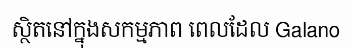
ស្ថិតនៅក្នុងសកម្មភាព ពេលដែល Galano